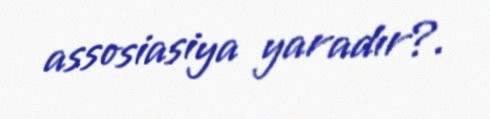
assosiasiya yaradır?.